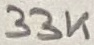
Text: 33K